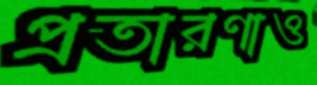
প্রতারণাও